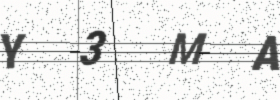
Text: Y3MA